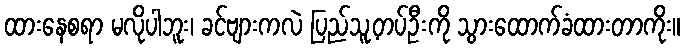
ထားနေစရာ မလိုပါဘူး၊ ခင်ဗျားကလဲ ပြည်သူ့တပ်ဦးကို သွားထောက်ခံထားတာကိုး။